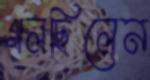
গলছিলেন